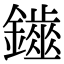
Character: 𨮷